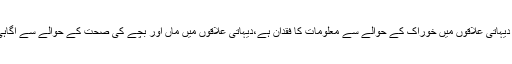
مریم اورنگزیب نے کہا کہ دیہاتی علاقوں میں خوراک کے حوالے سے معلومات کا فقدان ہے،دیہاتی علاقوں میں ماں اور بچے کی صحت کے حوالے سے آگاہی کا ہونا بہت ضروری ہے۔